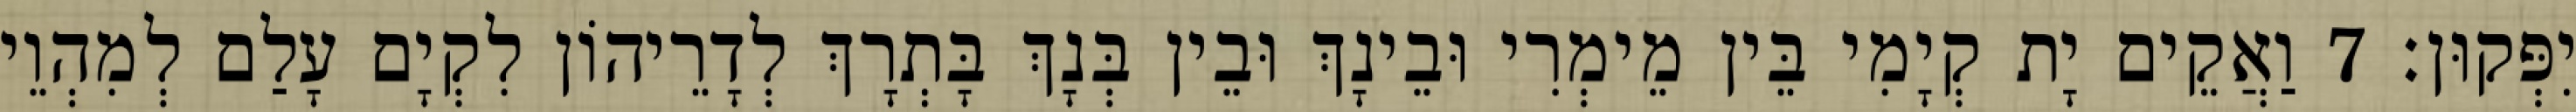
יִפְּקוּן׃ 7 וַאֲקֵים יָת קְיָמִי בֵּין מֵימְרִי וּבֵינָךְ וּבֵין בְּנָךְ בָּתְרָךְ לְדָרֵיהוֹן לִקְיָם עָלַם לְמִהְוֵי